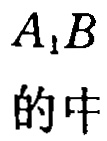
$A_{1}B$的中